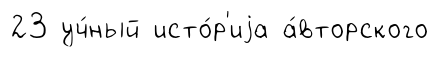
23 уч́ный исто́р'иjа а́вторского